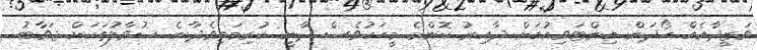
ވަޒީދާއެއް ހޯދަން އިންޓަވިއުއަށް ދާއިރު ކޮންމެ މީހަކުވެސް ދާނީ ކުރިމަތިވެދާނެ ސުވާލުތަކަށް ޖަވާބު